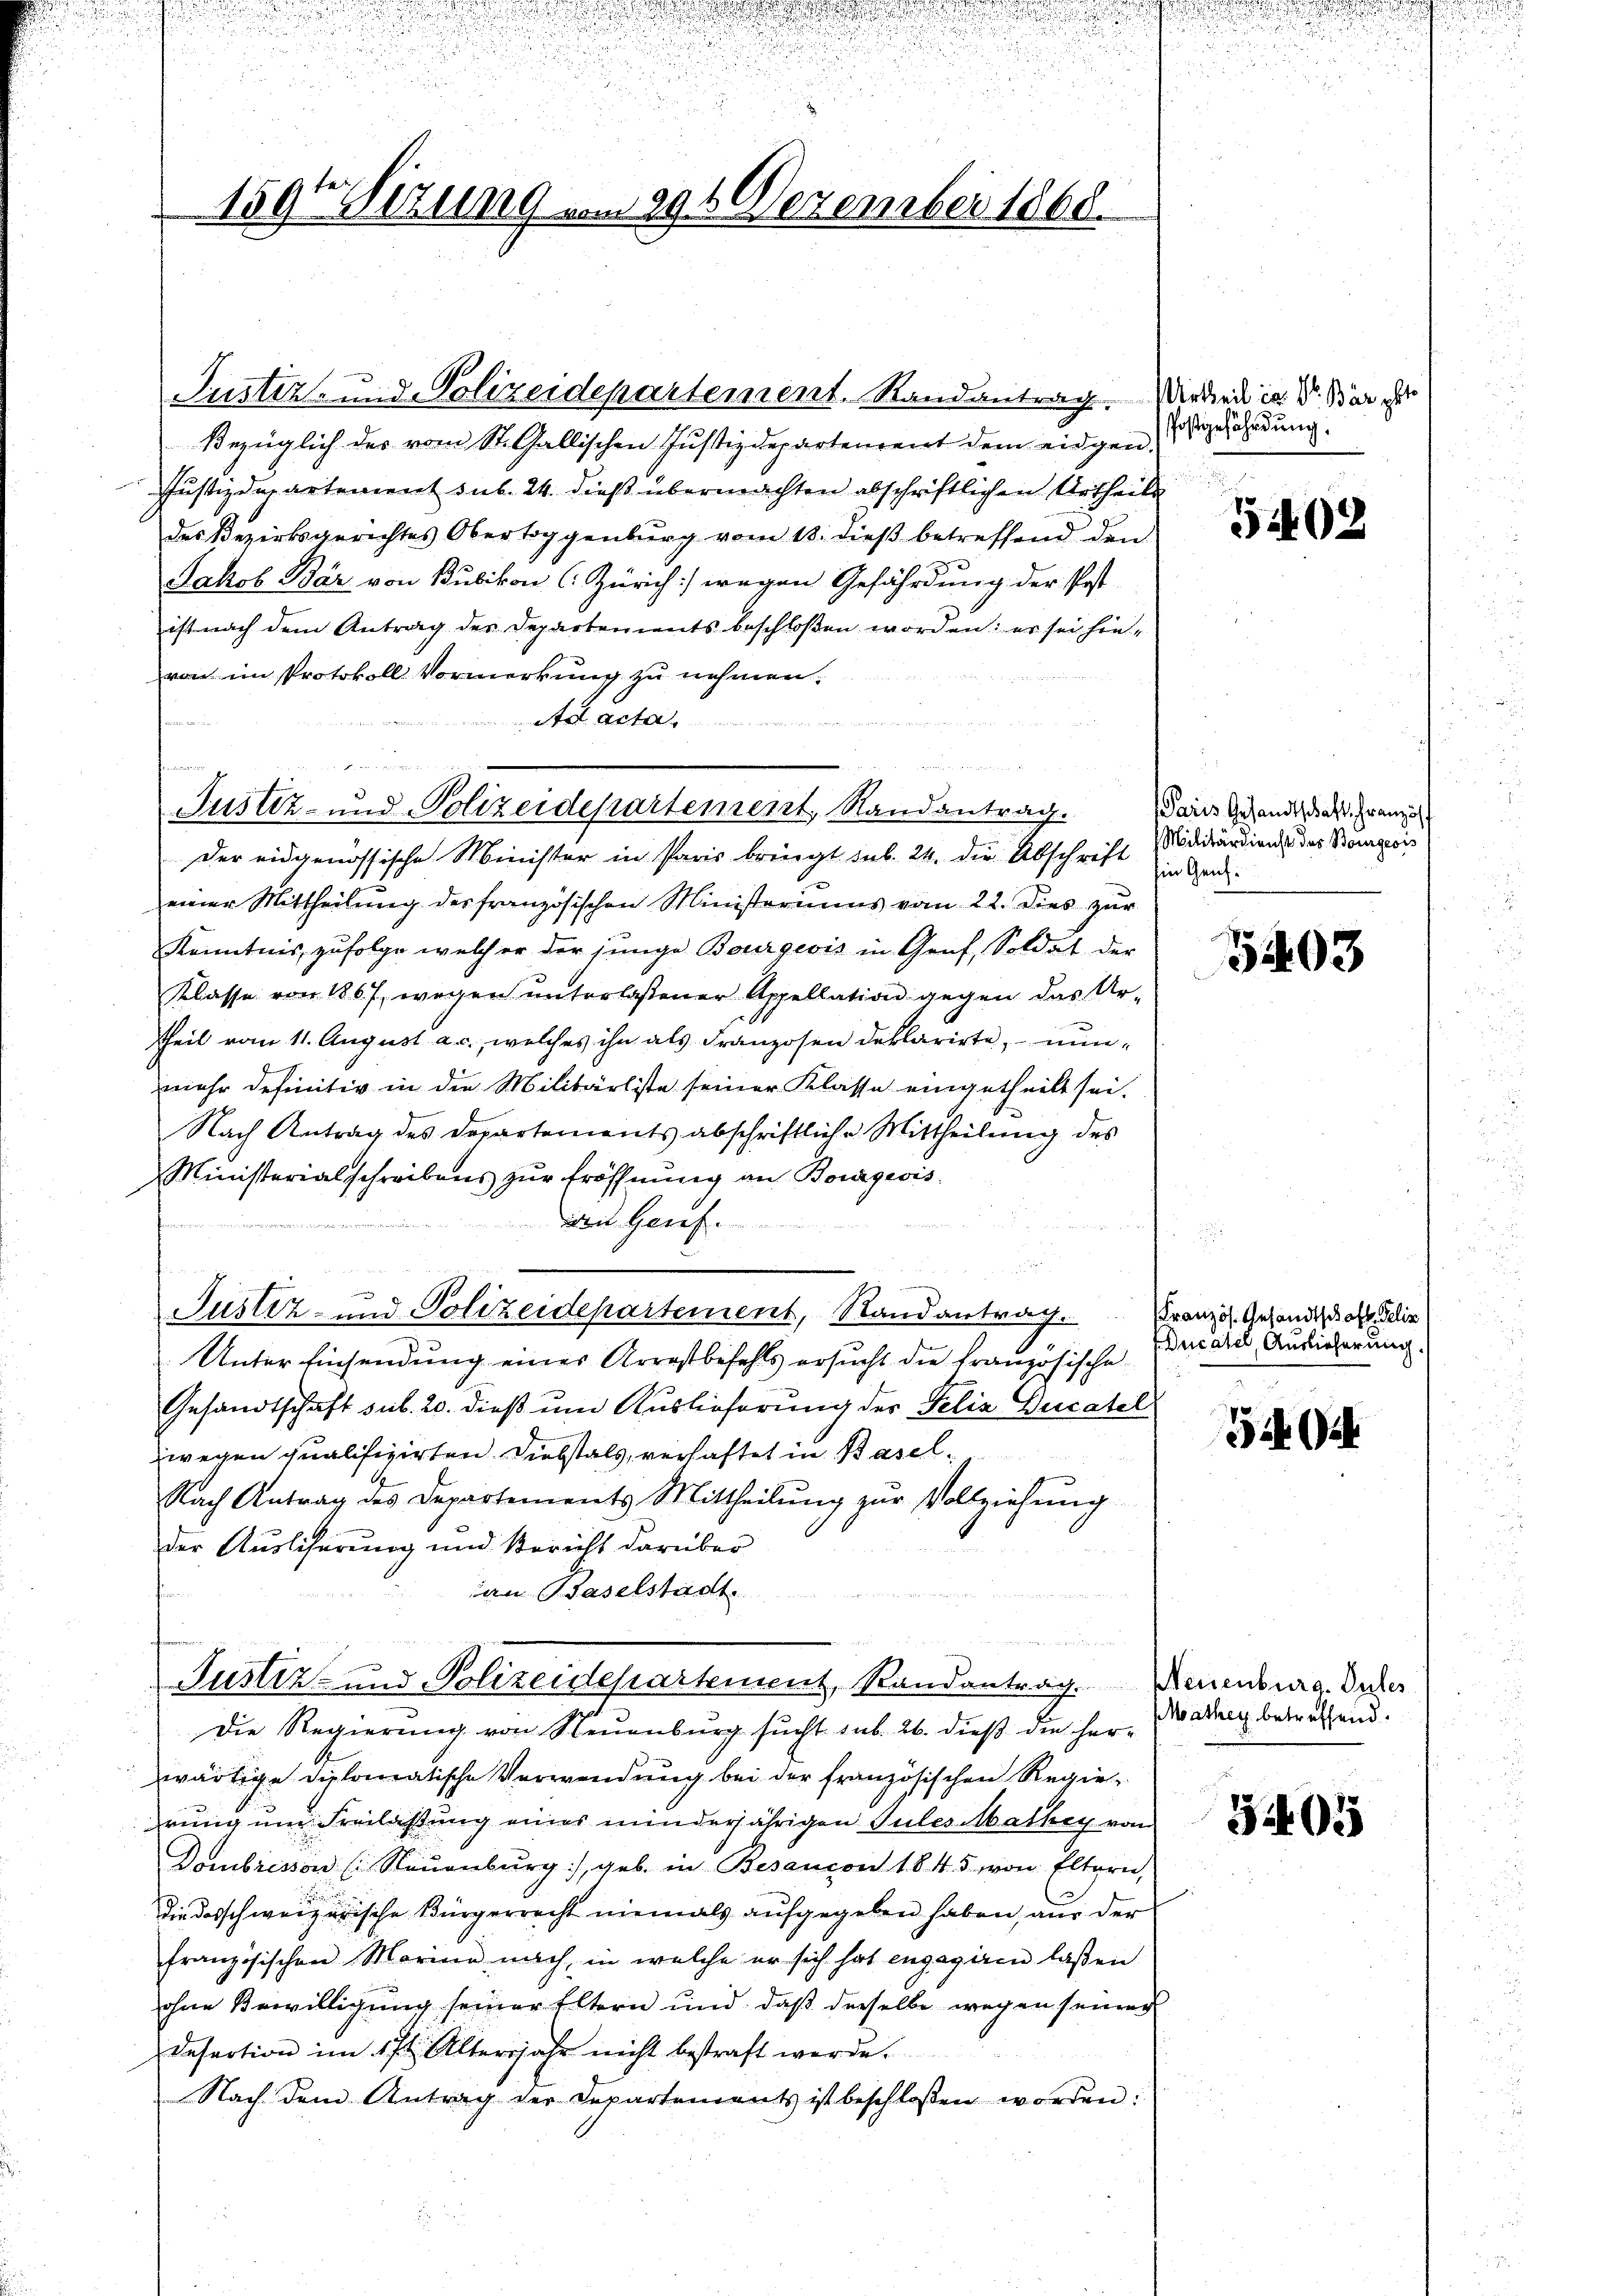
e

u

1591 Sizung von 991 Dezember 1860.

Justiz- und Polizeidepartement. Randantrag.

Justiz- und Polizeidepartement, Randantrag.

Bezüglich des vom St. Gallischen Justizdepartement dem eidgen.
Justizdepartement sub. 24. dieß übermachten abschriftlichen Urtheides Bezirksgerichtes Obertoggenburg vom 18. dieß betreffend den
Jakob Bär von Bubikon (Zürich) wegen Gefährdung der Post
ist nach dem Antrag der Departements beschloßen worden: er sei hinvon im Protokoll Vormerkung zu nehmen.
Ad acta
n
Der eidgenössische Minister in Paris bringt sub. 24. die Abschrift
einer Mittheilung des französischen Ministeriums vom 22. dies zur
Kenntnis, zufolge welcher der junge Bourgeois in Graf, Soldat der
Klasse von 1867, wegen unterlaßener Appellation gegen das Urtheil vom 11. August a. c., welches ihn als Franzosen deklarirte, nunmehr definitiv in die Militärliste seiner Klasse eingetheilt sei.
Nach Antrag des Departements abschriftliche Mittheilung des
Ministerialschreibens zŭr Eröffnŭng an Bourgeois
den Genf.
Justiz- und Polizeidepartement, Randantrag.
Unter Einsendung eines Arrestbefehls ersucht die französische
Gesandtschaft sub. 20. dieß um Auslieferung der Felix Ducatel
zwegen qualifizirten Diebstals, verhaftet in Basel¬
Nach Antrag des Departements Mittheilŭng zur Vollziehung
der Auslicherung und Bericht darüber
an Baselstadt
Justiz- und Polizeidepartement, Randantrag. Neuenburg. Inter
Die Regierung von Neuenburg sucht sub. 26. dieß die herwärtige diplomatische Verwendung bei der französischen Regiehrung um Freilastung eines minderjährigen Jules Mathey vom
Dombrisson (Neuenburg), geb. in Besançon 1845 von Eltern,
die darschweizerische Bürgerrecht niemals aufgegeben haben, aus der
französischen Marien nach, in welche er sich hat engagiren laßen
ohne Bewilligung seiner Eltern und daß derselbe wegen seiner
Desertion im 17t Altersjahr nicht bestraft werde.
Nach dem Antrag der Departements ist beschlossen worden:

u

n er wenn

Urtheil in der Barakte
Postgefährdung.

5402

Paris Gesandtschaft Französ
Militärdienst des Bourgeois
Ein Genf.

5403

Französ. Gesandtschaft. Gelie
Ducatel, Auslieferung.

54 Art

Morthey betreffend.

5405